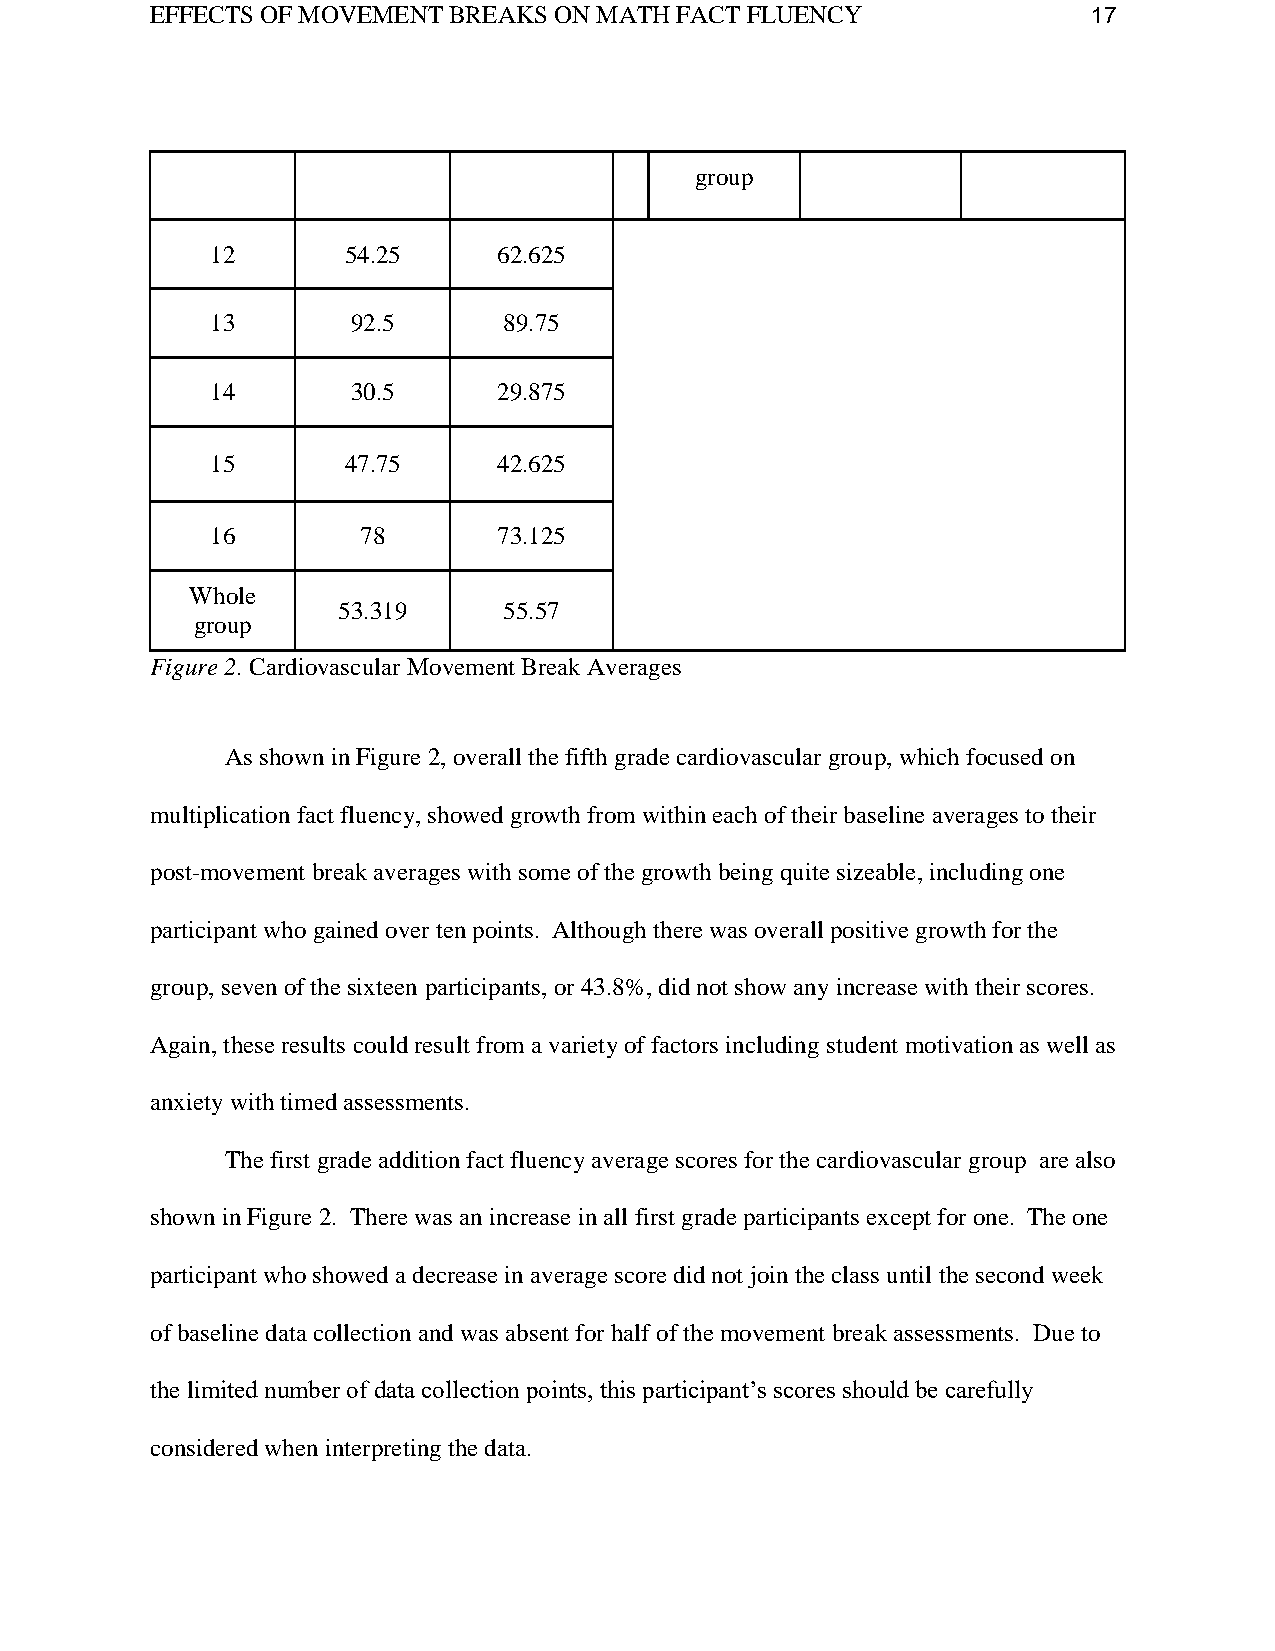
EFFECTS OF MOVEMENT BREAKS ON MATH FACT FLUENCY               17
 group
 12       54.25     62.625
 13       92.5      89.75
 14       30.5      29.875
 15       47.75     42.625
 16        78       73.125
 Whole
 53.319     55.57
 group
 Figure 2. Cardiovascular Movement Break Averages
 As shown in Figure 2, overall the fifth grade cardiovascular group, which focused on
 multiplication fact fluency, showed growth from within each of their baseline averages to their
 post-movement break averages with some of the growth being quite sizeable, including one
 participant who gained over ten points. Although there was overall positive growth for the
 group, seven of the sixteen participants, or 43.8%, did not show any increase with their scores.
 Again, these results could result from a variety of factors including student motivation as well as
 anxiety with timed assessments.
 The first grade addition fact fluency average scores for the cardiovascular group are also
 shown in Figure 2. There was an increase in all first grade participants except for one. The one
 participant who showed a decrease in average score did not join the class until the second week
 of baseline data collection and was absent for half of the movement break assessments. Due to
 the limited number of data collection points, this participant’s scores should be carefully
 considered when interpreting the data.